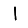
Digit: 1